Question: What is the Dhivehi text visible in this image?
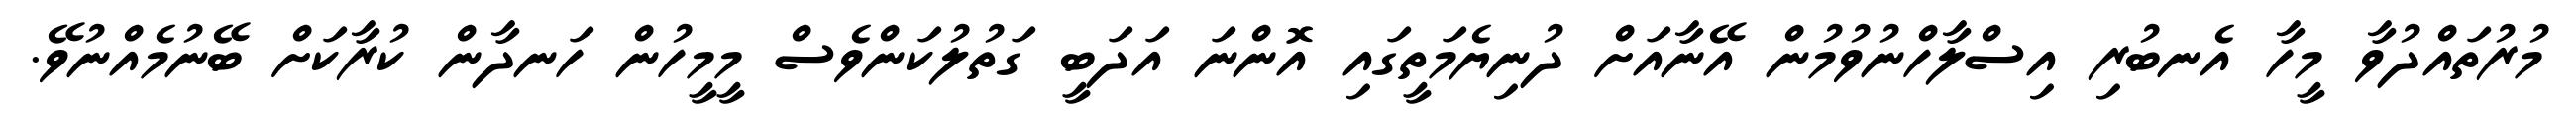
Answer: މުރުތައްދުވާ މީހާ އެނބުރި އިސްލާހްނުވުމުން އޭނާއަށް ދުނިޔެމަތީގައި އޮންނަ އަދަބީ ގަތުލުކަންވެސް މީމީހުން ހަނދާން ކުރާކަށް ބޭނުމެއްނުވޭ.